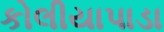
કોલીયાપાડા